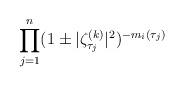
LaTeX: \begin{align*}\prod_{j=1}^n(1\pm\vert\zeta^{(k)}_{\tau_j}\vert^2)^{-m_i(\tau_j)}\end{align*}